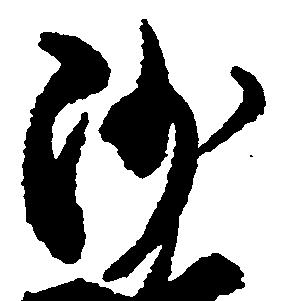
沙